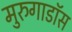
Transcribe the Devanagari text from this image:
मुरुगाडॉस